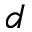
d